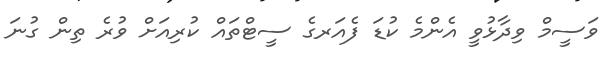
ވަސީމް ވިދާޅުވީ އެންމެ ކުޑަ ފެއަރގެ ސީޓްތައް ކުރިއަށް ވުރެ ތިން ގުނަ